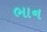
ભાન